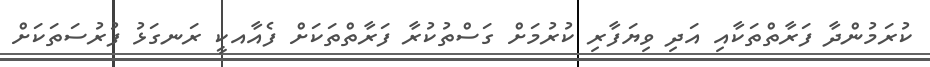
ކުރަމުންދާ ފަރާތްތަކާއި އަދި ވިޔަފާރި ކުރުމަށް ގަސްތުކުރާ ފަރާތްތަކަށް ފެއާއކީ ރަނގަޅު ފުރުސަތަކަށް